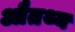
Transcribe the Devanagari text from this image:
औतथ्य